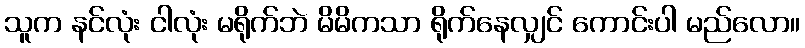
သူက နင်လုံး ငါလုံး မရိုက်ဘဲ မိမိကသာ ရိုက်နေလျှင် ကောင်းပါ မည်လော။